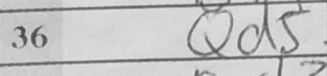
Transcription: Qd5